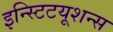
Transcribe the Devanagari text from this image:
इन्स्टिटयूशन्स